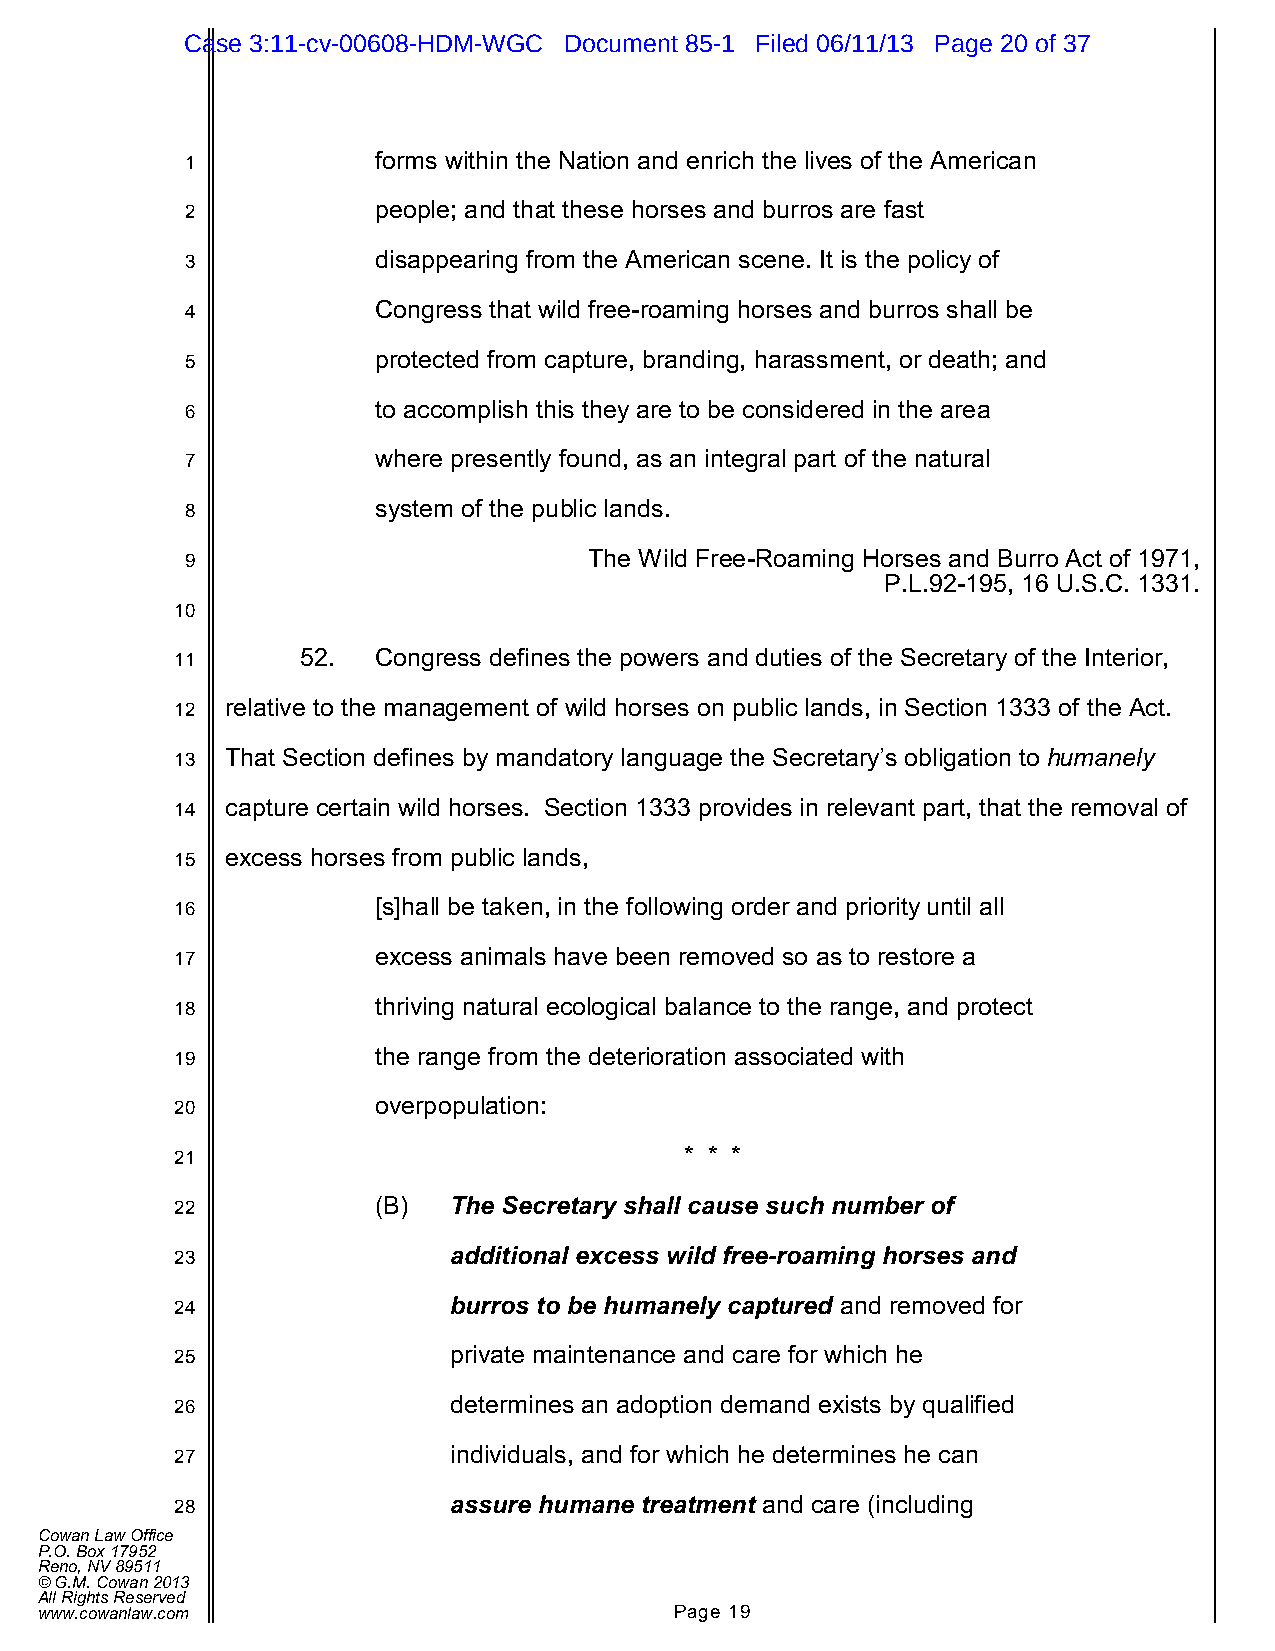
Case 3:11-cv-00608-HDM-WGC Document 85-1 Filed 06/11/13 Page 20 of 37
 1            forms within the Nation and enrich the lives of the American
 2            people; and that these horses and burros are fast
 3            disappearing from the American scene. It is the policy of
 4            Congress that wild free-roaming horses and burros shall be
 5            protected from capture, branding, harassment, or death; and
 6            to accomplish this they are to be considered in the area
 7            where presently found, as an integral part of the natural
 8            system of the public lands.
 9                          The Wild Free-Roaming Horses and Burro Act of 1971,
 P.L.92-195, 16 U.S.C. 1331.
 10
 11      52.  Congress defines the powers and duties of the Secretary of the Interior,
 12 relative to the management of wild horses on public lands, in Section 1333 of the Act.
 13 That Section defines by mandatory language the Secretary’s obligation to humanely
 14 capture certain wild horses. Section 1333 provides in relevant part, that the removal of
 15 excess horses from public lands,
 16           [s]hall be taken, in the following order and priority until all
 17           excess animals have been removed so as to restore a
 18           thriving natural ecological balance to the range, and protect
 19           the range from the deterioration associated with
 20           overpopulation:
 21                               * * *
 22           (B)  The Secretary shall cause such number of
 23                additional excess wild free-roaming horses and
 24                burros to be humanely captured and removed for
 25                private maintenance and care for which he
 26                determines an adoption demand exists by qualified
 27                individuals, and for which he determines he can
 28                assure humane treatment and care (including
 Cowan Law Office
 P.O. Box 17952
 Reno, NV 89511
 © G.M. Cowan 2013
 All Rights Reserved
 www.cowanlaw.com                           Page 19